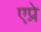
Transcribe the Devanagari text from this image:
एप्रे